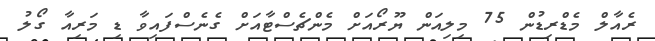
ރެއާލް މެޑްރިޑުން 75 މިލިއަން ޔޫރޯއަށް މެންޗެސްޓާއަށް ގެނެސްފައިވާ ޑި މަރިއާ ގޯލު